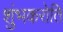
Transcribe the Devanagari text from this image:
शुंभकरोति